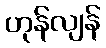
ဟုန်လျန်